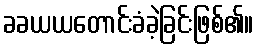
ခခယယတောင်းခံခဲ့ခြင်းဖြစ်၏။